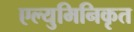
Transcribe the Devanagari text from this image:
एल्युमिनिकृत